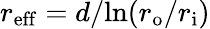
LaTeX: r_{\mathrm{eff}}=d/\! \ln(r_{\mathrm{o}}/r_{\mathrm{i}})